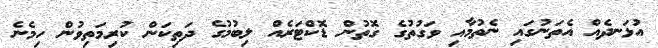
އުޅަނދެއް އެތަނުގައި ނެތުމާއި ވަގުތުގެ ގޮތުން ޑޮކްޓަރެއް ލިބުމުގެ ދަތިކަން ކުރިމަތިވުން ހިމެނެ